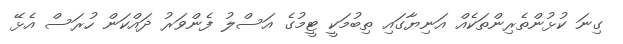
ގިނަ ކުޅުންތެރިންތަކެއް އަނިޔާގައި ތިބުމަކީ ޓީމުގެ އަސްލު ފެންވަރު ދައްކަން ހުރަސް އެޅޭ